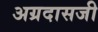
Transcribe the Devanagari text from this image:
अग्रदासजी